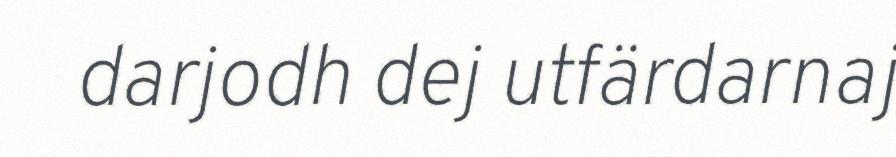
darjodh dej utfärdarnaj